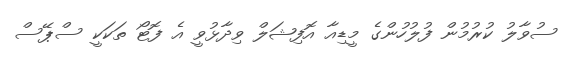
ސުވާލު ކުރުމުން ފުލުހުންގެ މީޑިއާ އޮފިޝަލް ވިދާޅުވީ އެ ފޮޓޯ ތަކަކީ ސްޕޭސް